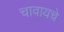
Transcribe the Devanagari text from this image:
चावायचे